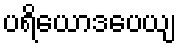
ပရိယောဒပေယျ